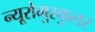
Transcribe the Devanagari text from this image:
न्यूरोमुस्कुलर